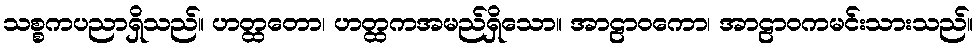
သစ္စကပညာရှိသည်။ ဟတ္ထတော၊ ဟတ္ထကအမည်ရှိသော။ အာဠာဝကော၊ အာဠာဝကမင်းသားသည်။